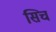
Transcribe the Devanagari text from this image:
सिच